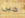
حبى